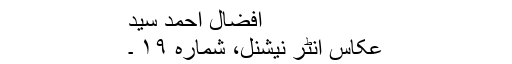
افضال احمد سیٓد
عکاس انٹر نیشنل، شمارہ ۱۹ ۔